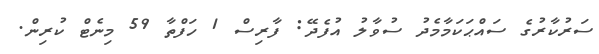
ސަރުކާރުގެ ސައްޙަކަމާމެދު ސުވާލު އުފެދޭ: ފާރިސް 1 ހަފްތާ 59 މިނެޓް ކުރިން.